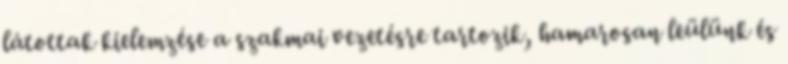
látottak kielemzése a szakmai vezetésre tartozik, hamarosan leülünk és